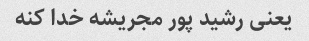
یعنی رشید پور مجریشه خدا کنه